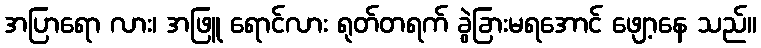
အပြာရော လား၊ အဖြူ ရောင်လား ရုတ်တရက် ခွဲခြားမရအောင် ဖျော့နေ သည်။